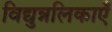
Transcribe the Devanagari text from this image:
विद्युन्नलिकाएँ